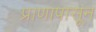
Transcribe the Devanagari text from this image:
प्राणापासून